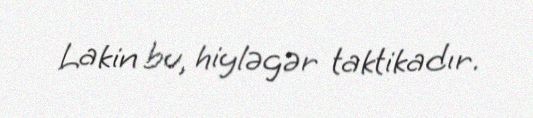
Lakin bu, hiyləgər taktikadır.